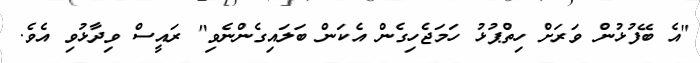
"އެ ބޭފުޅުން ވަރަށް ހިތްޕުޅު ހަމަޖެހިގެން އެކަން ބަލައިގެންނެވި" ރައީސް ވިދާޅުވި އެވެ.